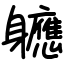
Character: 軈